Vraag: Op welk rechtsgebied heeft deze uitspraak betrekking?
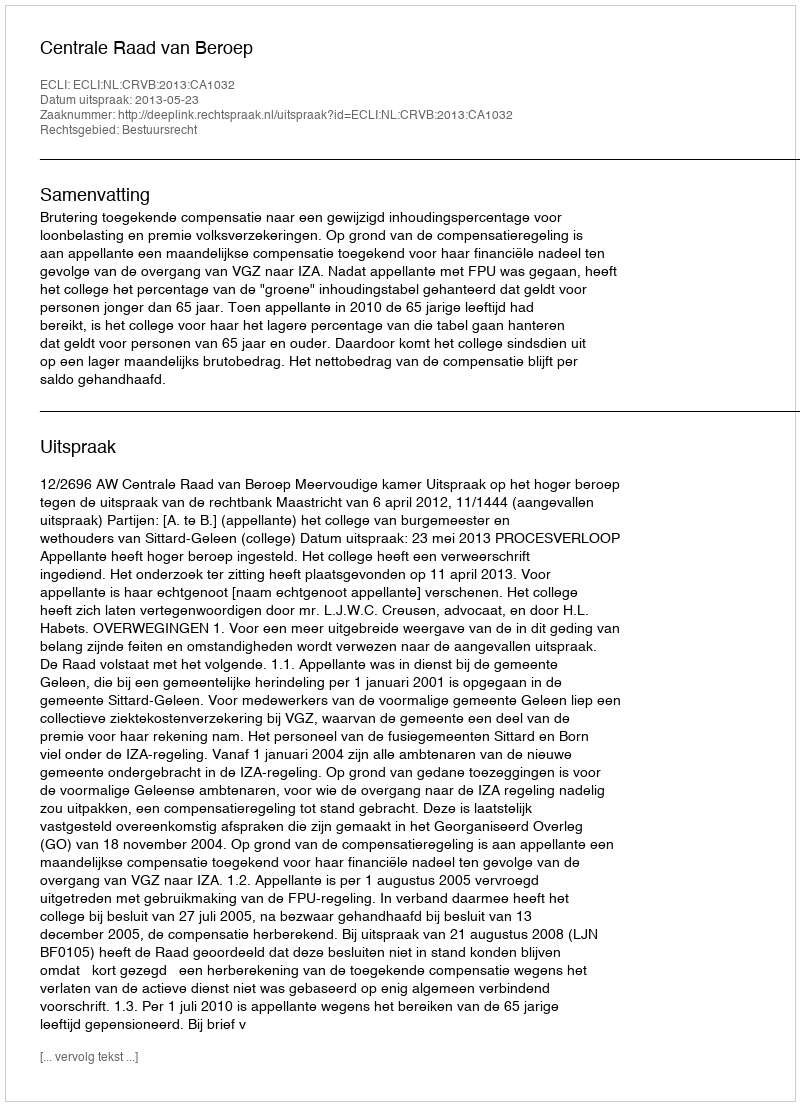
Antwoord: Bestuursrecht